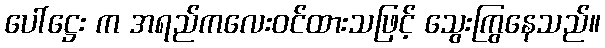
ပေါ်ဋ္ဌေး က အရည်ကလေးဝင်ထားသဖြင့် သွေးကြွနေသည်။